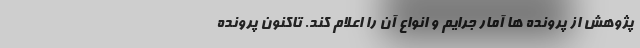
پژوهش از پرونده ها آمار جرایم و انواع آن را اعلام کند. تاکنون پرونده